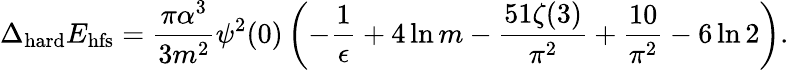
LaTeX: \Delta_{\mathrm{hard}}E_{\mathrm{hfs}}=\frac{\pi\alpha^{3}}{3m^{2}}\psi^{2}(0)\left(-\frac{1}{\epsilon}+4\ln m-\frac{51\zeta(3)}{\pi^{2}}+\frac{10}{\pi^{2}}-6\ln 2\right).